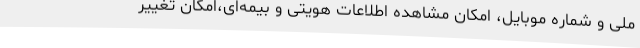
ملی و شماره موبایل، امکان مشاهده اطلاعات هویتی و بیمه‌ای،امکان تغییر